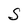
Character: S